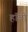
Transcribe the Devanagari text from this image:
हाॅबी